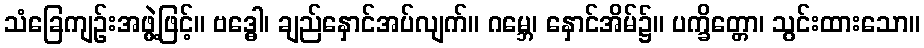
သံခြေကျဉ်းအဖွဲ့ဖြင့်။ ဗဒ္ဓေါ၊ ချည်နှောင်အပ်လျက်။ ဂမ္ဘေ၊ နှောင်အိမ်၌။ ပက္ခိတ္တော၊ သွင်းထားသော။